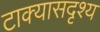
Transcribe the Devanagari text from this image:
टाक्यासदृश्य